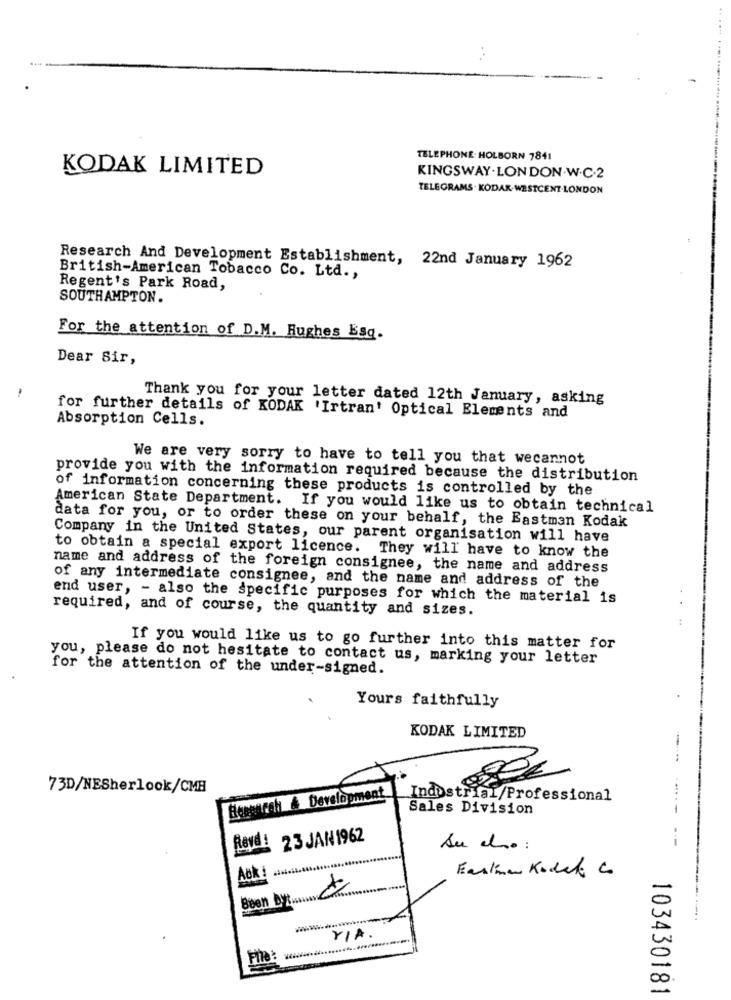
TELEPHONE: HOLBORN 7841
KODAK LIMITED
KINGSWAY.LONDON.W.C.2
TELEGRAMS . KODAK-WESTCENT LONDON
Research And Development Establishment, 22nd January 1962
British-American Tobacco Co. Ltd .,
Regent's Park Road,
SOUTHAMPTON.
For the attention of D.M. Hughes Esq.
Dear Sir,
Thank you for your letter dated 12th January, asking
Absorption Cells.
for further details of KODAK 'Irtran' Optical Elements and
We are very sorry to have to tell you that wecannot
provide you with the information required because the distribution
of information concerning these products is controlled by the
American State Department. If you would like us to obtain technical
data for you, or to order these on your behalf, the Eastman Kodak
Company in the United States, our parent organisation will have
to obtain a special export licence. They will have to know the
name and address of the foreign consignee, the name and address
of any intermediate consignee, and the name and address of the
end user, - also the specific purposes for which the material is
required, and of course, the quantity and sizes.
If you would like us to go further into this matter for
you, please do not hesitate to contact us, marking your letter
for the attention of the under-signed.
Yours faithfully
KODAK LIMITED
73D/NESherlook/CMB
Hesearch & Development
Industrial/Professional
Sales Division
Rovd: 23 JAN1962
Au cho :
------
Ack! ....
Farine Kodek Co
Been by
--..
YIA
103430181